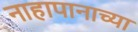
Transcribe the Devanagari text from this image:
नाहापानाच्या